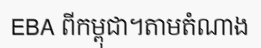
EBA ពីកម្ពុជា។តាមតំណាង